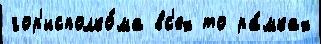
гор'исполко́ма вс'ех то ра́мках